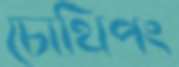
চোথিপং